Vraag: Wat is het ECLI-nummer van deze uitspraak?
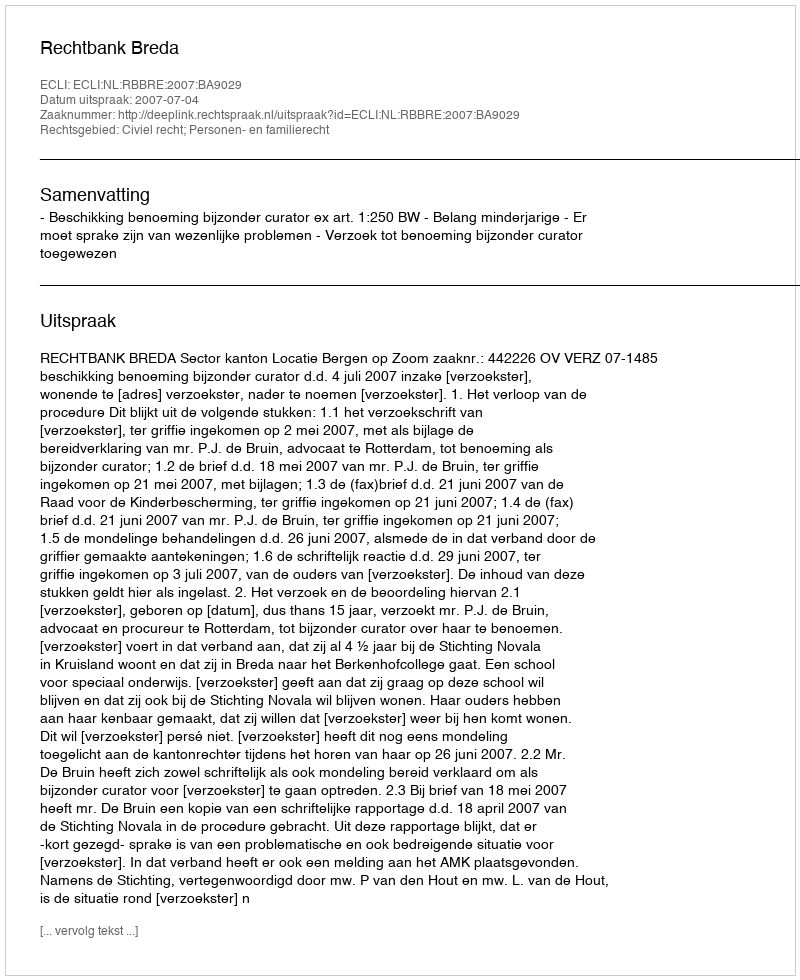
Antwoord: ECLI:NL:RBBRE:2007:BA9029